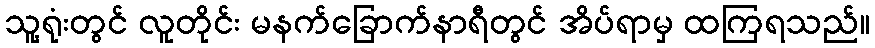
သူ့ရုံးတွင် လူတိုင်း မနက်ခြောက်နာရီတွင် အိပ်ရာမှ ထကြရသည်။